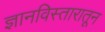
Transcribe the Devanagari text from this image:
ज्ञानविस्तारातून